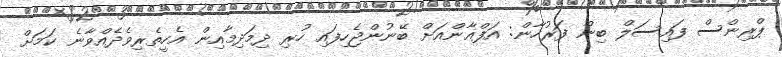
ޕްރިންސް ފައިސަލް ބިން ފަރުހާން: އަފްޣާންއަށް ބޭނުންޖެހިފައި ހުރި ދިމަދިމާއިން އެހީތެރިވެދެއްވާނެ ކަމަށް